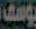
يوسف